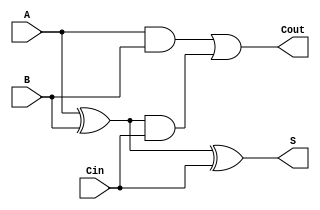
module full_adder (
    input wire A,       // First binary input
    input wire B,       // Second binary input
    input wire Cin,     // Carry-in input
    output wire S,      // Sum output
    output wire Cout    // Carry-out output
);

    // Intermediate signal for sum
    wire S1;

    // Instantiate the first XOR gate
    xor (S1, A, B);     // S1 = A XOR B
    // Instantiate the second XOR gate
    xor (S, S1, Cin);   // S = S1 XOR Cin

    // Intermediate signals for carry-out calculation
    wire C1, C2;

    // Instantiate the first AND gate
    and (C1, A, B);     // C1 = A AND B
    // Instantiate the second AND gate
    and (C2, S1, Cin);  // C2 = S1 AND Cin
    // Instantiate the OR gate
    or (Cout, C1, C2);  // Cout = C1 OR C2

endmodule